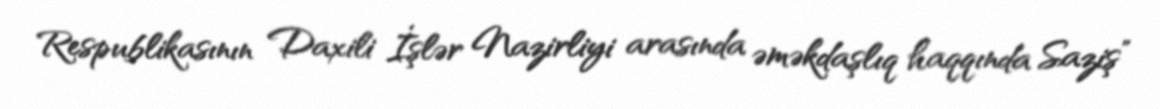
Respublikasının Daxili İşlər Nazirliyi arasında əməkdaşlıq haqqında Saziş”